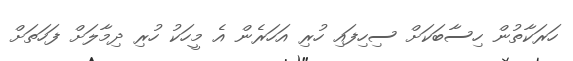
ހަރަކާތުން ހިސާބަކަށް ސިހިފައި ހުރި އަހަރެން އެ މީހަކު ހުރި ދިމާލަށް ފަހަތަށް